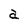
Character: a